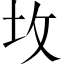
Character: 坆